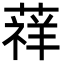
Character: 䔗